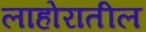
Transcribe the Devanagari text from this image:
लाहोरातील